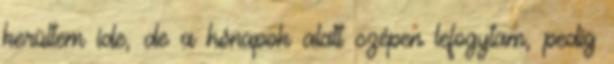
kerültem ide, de a hónapok alatt szépen lefogytam, pedig